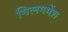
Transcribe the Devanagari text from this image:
गिलगमेंश